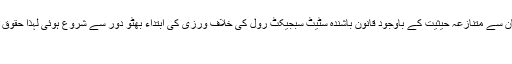
سوشل میڈیا صارفین کا کہنا ہے کہ گلگت بلتستان سے متنازعہ حیثیت کے باوجود قانون باشندہ سٹیٹ سبجیکٹ رول کی خلاف ورزی کی ابتداء بھٹو دور سے شروع ہوئی لہذا حقوق چھینے والے حقوق کا پاسبان کیسے ہوسکتا ہے
تاریخ،کشمیر،پاکستان،اقوام متحدہ۔